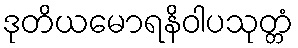
ဒုတိယမောရနိဝါပသုတ္တံ